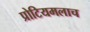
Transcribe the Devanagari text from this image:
प्रोटियमलाच